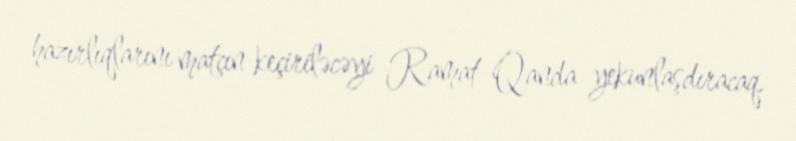
hazırlıqlarını matçın keçiriləcəyi Ramat-Qanda yekunlaşdıracaq.